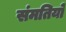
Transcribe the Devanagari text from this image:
संमतियो